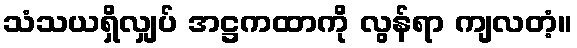
သံသယရှိလျှပ် အဋ္ဌကထာကို လွန်ရာ ကျလတံ့။